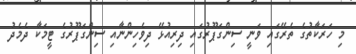
މި ހަރަކާތުގެ ތެރޭގައި ވަނީ ސިންގަޕޫރުގައި ދިރިއުޅޭ ދިވެހިންނާއި ސިންގަޕޫރުގެ ޓީމަކާ ދެމެދު